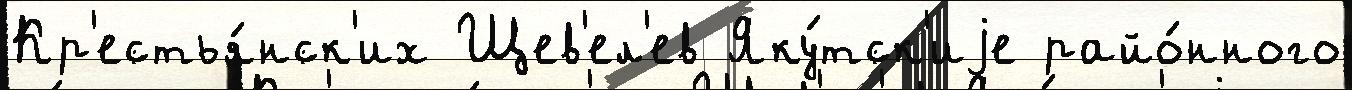
Кр'естья́нск'их Щев'ел'ев Яку́тск'иjе райо́нного